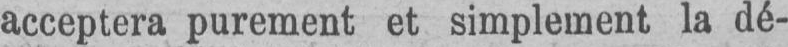
acceptera purement et simplement la dé-